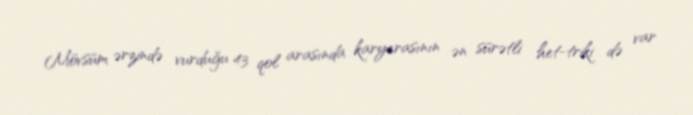
Mövsüm ərzində vurduğu 43 qol arasında karyerasının ən sürətli het-triki də var